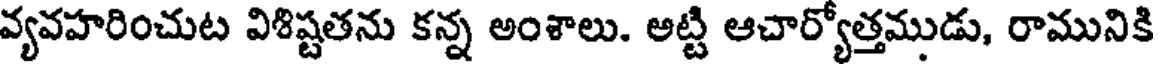
వ్యవహరించుట విశిష్టతను కన్న అంశాలు. అట్టి ఆచార్యోత్తముడు, రామునికి